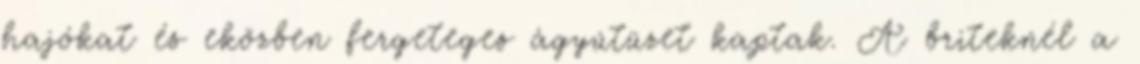
hajókat és eközben fergeteges ágyútüzet kaptak. A briteknél a